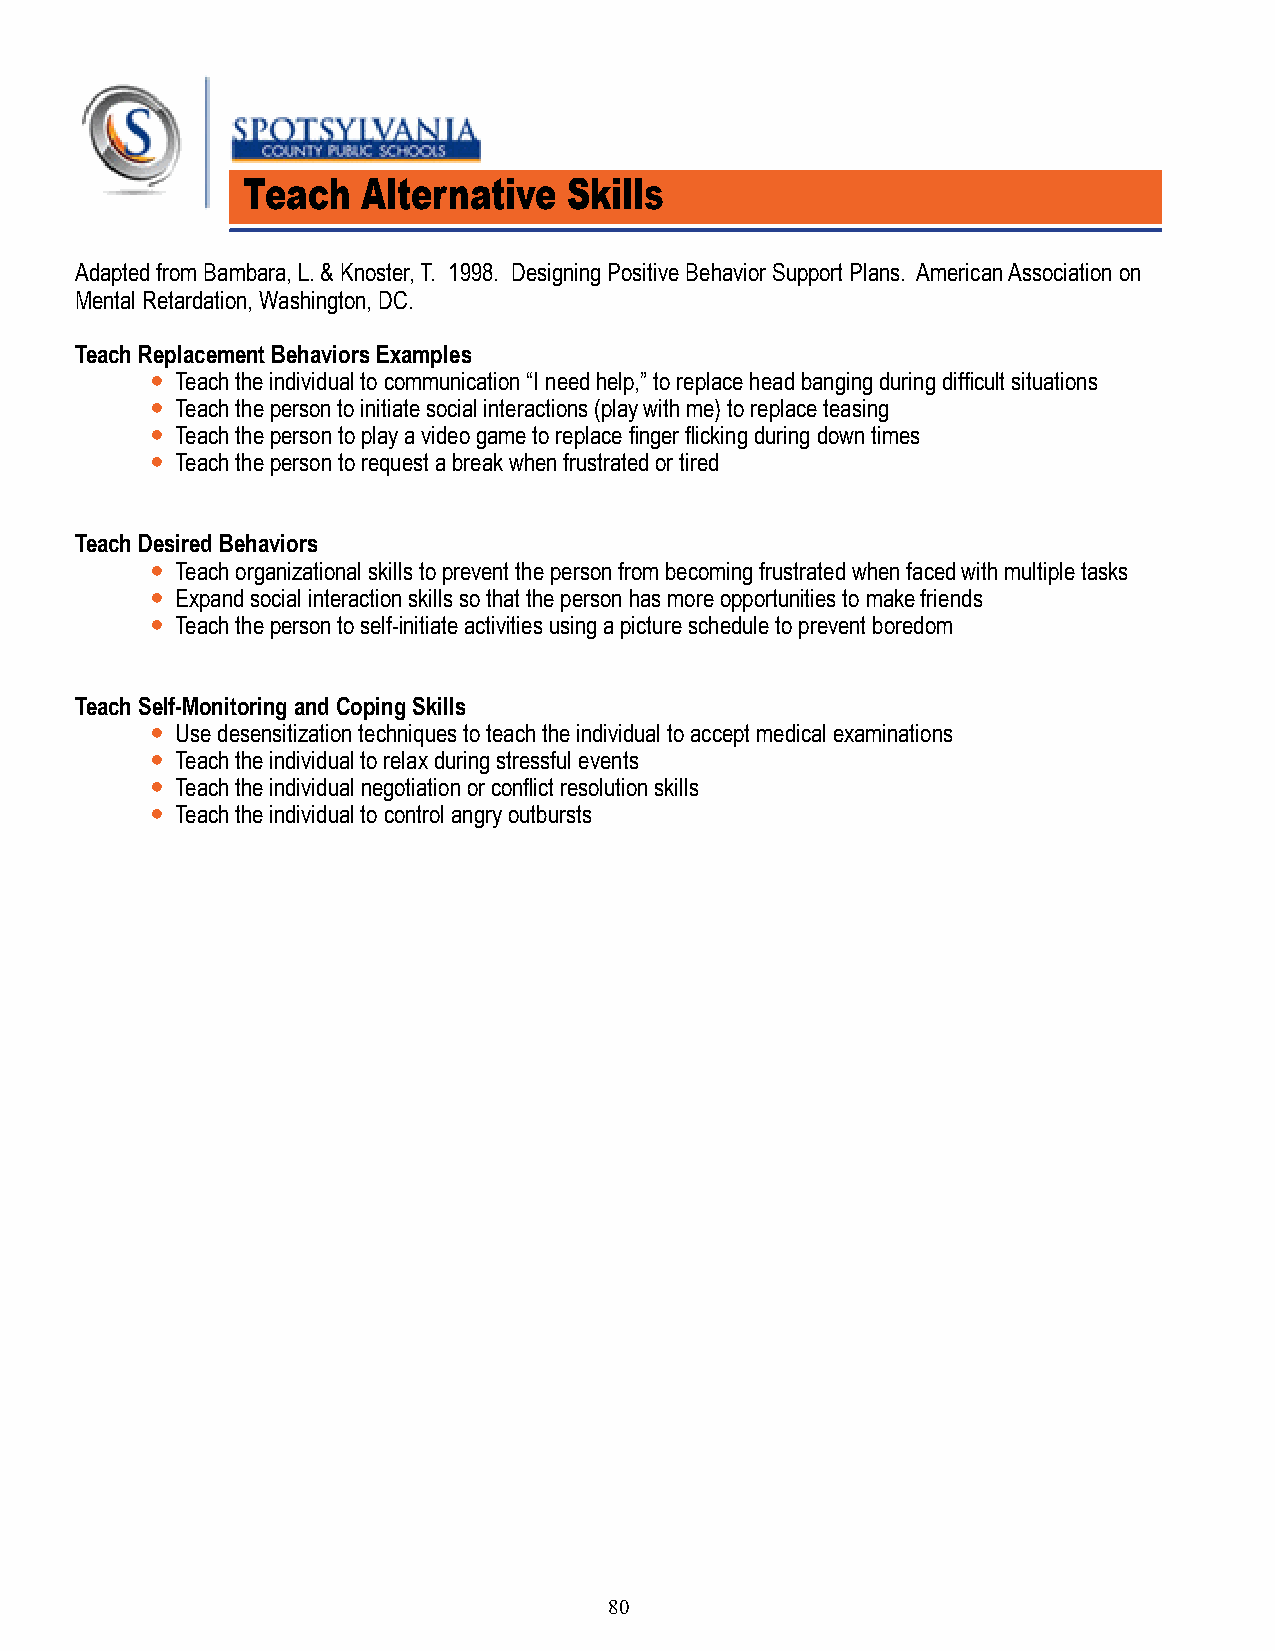
Teach   Alternative   Skills
 Adapted from Bambara, L. & Knoster, T. 1998. Designing Positive Behavior Support Plans. American Association on
 Mental Retardation, Washington, DC.
 Teach Replacement Behaviors Examples
 y    Teach the individual to communication “I need help,” to replace head banging during difficult situations
 y    Teach the person to initiate social interactions (play with me) to replace teasing
 y    Teach the person to play a video game to replace finger flicking during down times
 y    Teach the person to request a break when frustrated or tired
 Teach Desired Behaviors
 y Teach organizational skills to prevent the person from becoming frustrated when faced with multiple tasks
 y Expand social interaction skills so that the person has more opportunities to make friends
 y Teach the person to self-initiate activities using a picture schedule to prevent boredom
 Teach Self-Monitoring and Coping Skills
 y Use desensitization techniques to teach the individual to accept medical examinations
 y Teach the individual to relax during stressful events
 y Teach the individual negotiation or conflict resolution skills
 y Teach the individual to control angry outbursts
 80